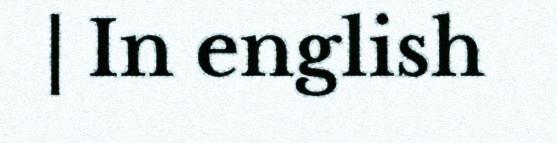
| In english